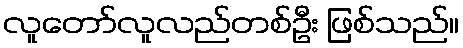
လူတော်လူလည်တစ်ဦး ဖြစ်သည်။